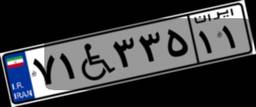
۷۱W۳۳۵۱۱